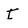
Character: I